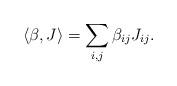
LaTeX: \begin{align*} \langle\beta,J\rangle=\sum_{i,j}\beta_{ij}J_{ij}.\end{align*}